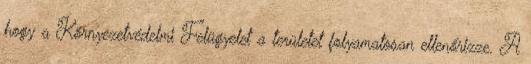
hogy a Környezetvédelmi Felügyelet a területet folyamatosan ellenőrizze. A